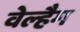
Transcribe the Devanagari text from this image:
वेल्हैम